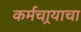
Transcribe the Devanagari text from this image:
कर्मचार्‍याचा